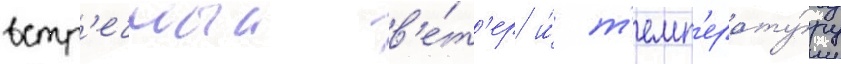
встр'ечныи в'е́т'ер и́ т'емп'ерату́ру